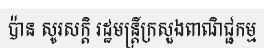
ប៉ាន សូរសក្តិ រដ្ឋមន្ត្រីក្រសួងពាណិជ្ជកម្ម